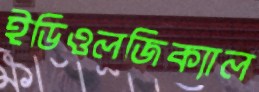
ইডিওলজিক্যাল